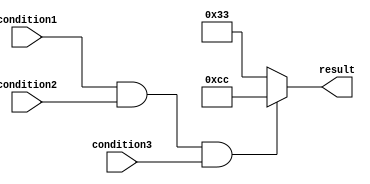
module if_else_statement_with_logical_AND (
    input wire condition1,
    input wire condition2,
    input wire condition3,
    output reg [7:0] result
);

always @(*) begin
    if (condition1 && condition2 && condition3) begin
        // Block of code to be executed if all conditions are true
        result = 8'b11001100;
    end else begin
        // Block of code to be executed if any condition is false
        result = 8'b00110011;
    end
end

endmodule